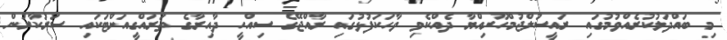
މި ބައްދަލުކުރެއްވުމުގައި ރައީސުލްޖުމްހޫރިއްޔާ ދެއްކެވި ވާހަކަފުޅުގައި ރާއްޖޭގެ ސިއްހީ ދާއިރާގެ ތަރައްގީއަށްޓަކައި ސަރުކާރުން